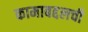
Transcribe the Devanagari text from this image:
कामाबद्दलची